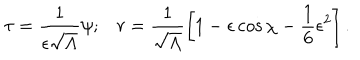
\tau = \frac { 1 } { \epsilon \sqrt { \Lambda } } \psi ; r = \frac { 1 } { \sqrt { \Lambda } } \left[ 1 - \epsilon \cos \chi - \frac { 1 } { 6 } \epsilon ^ { 2 } \right] .